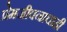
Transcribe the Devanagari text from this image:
प्रेमजीवनाचाही